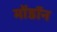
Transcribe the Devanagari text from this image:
मोंडॉन